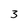
Character: 3